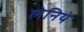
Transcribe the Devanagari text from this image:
लेनिये